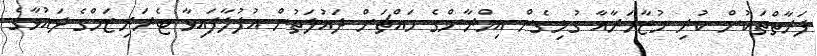
ފަރާތްތަކުން ކުރި މުޒާހަރާއާ ގުޅިގެން އިމްރާންގެ މައްޗަށް ދައުލަތުން އުފުލާފައިވާ ޓެރަރިޒަމްގެ ދައުވާގެ